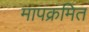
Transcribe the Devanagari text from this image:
मापक्रमित